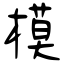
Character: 模